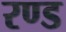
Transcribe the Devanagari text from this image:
रण्ड